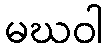
မဃဝါ